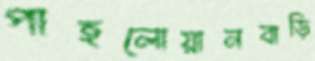
পাহলোয়ানবাড়ি